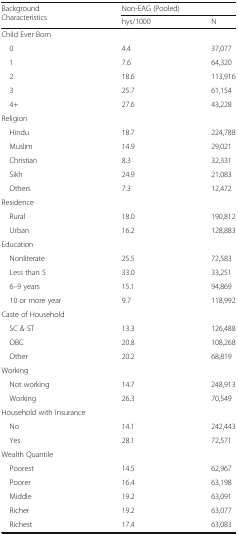
<table><thead><tr><td rowspan="2"><b>Background Characteristics</b></td><td colspan="2"><b>Non-EAG (Pooled)</b></td></tr><tr><td><b>hys/1000</b></td><td><b>N</b></td></tr></thead><tbody><tr><td colspan="3">Child Ever Born</td></tr><tr><td> 0</td><td>4.4</td><td>37,077</td></tr><tr><td> 1</td><td>7.6</td><td>64,320</td></tr><tr><td> 2</td><td>18.6</td><td>113,916</td></tr><tr><td> 3</td><td>25.7</td><td>61,154</td></tr><tr><td> 4+</td><td>27.6</td><td>43,228</td></tr><tr><td colspan="3">Religion</td></tr><tr><td> Hindu</td><td>18.7</td><td>224,788</td></tr><tr><td> Muslim</td><td>14.9</td><td>29,021</td></tr><tr><td> Christian</td><td>8.3</td><td>32,331</td></tr><tr><td> Sikh</td><td>24.9</td><td>21,083</td></tr><tr><td> Others</td><td>7.3</td><td>12,472</td></tr><tr><td colspan="3">Residence</td></tr><tr><td> Rural</td><td>18.0</td><td>190,812</td></tr><tr><td> Urban</td><td>16.2</td><td>128,883</td></tr><tr><td colspan="3">Education</td></tr><tr><td> Nonliterate</td><td>25.5</td><td>72,583</td></tr><tr><td> Less than 5</td><td>33.0</td><td>33,251</td></tr><tr><td> 6–9 years</td><td>15.1</td><td>94,869</td></tr><tr><td> 10 or more year</td><td>9.7</td><td>118,992</td></tr><tr><td colspan="3">Caste of Household</td></tr><tr><td> SC &amp; ST</td><td>13.3</td><td>126,488</td></tr><tr><td> OBC</td><td>20.8</td><td>108,268</td></tr><tr><td> Other</td><td>20.2</td><td>68,819</td></tr><tr><td colspan="3">Working</td></tr><tr><td> Not working</td><td>14.7</td><td>248,913</td></tr><tr><td> Working</td><td>26.3</td><td>70,549</td></tr><tr><td colspan="3">Household with Insurance</td></tr><tr><td> No</td><td>14.1</td><td>242,443</td></tr><tr><td> Yes</td><td>28.1</td><td>72,571</td></tr><tr><td colspan="3">Wealth Quantile</td></tr><tr><td> Poorest</td><td>14.5</td><td>62,967</td></tr><tr><td> Poorer</td><td>16.4</td><td>63,198</td></tr><tr><td> Middle</td><td>19.2</td><td>63,091</td></tr><tr><td> Richer</td><td>19.2</td><td>63,077</td></tr><tr><td> Richest</td><td>17.4</td><td>63,083</td></tr></tbody></table>